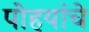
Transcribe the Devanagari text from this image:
पोहयांचे